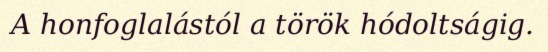
A honfoglalástól a török hódoltságig.